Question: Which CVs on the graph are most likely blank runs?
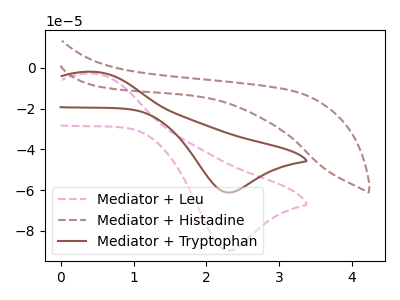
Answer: <think>The pink dashed curve "Mediator + Leu" has an anodic peak at (0.45V, -2.80uA) and a cathodic peak at (2.30V, -89.85uA). The brown dashed curve "Mediator + Histadine" has no peaks. The brown curve "Mediator + Tryptophan" has an anodic peak at (0.45V, -1.90uA) and a cathodic peak at (2.30V, -61.25uA).</think>
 <answer>"Mediator + Histadine" is likely to be a blank.</answer>
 <eval>Mediator + Histadine</eval>